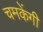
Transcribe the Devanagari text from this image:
चमकेंगी